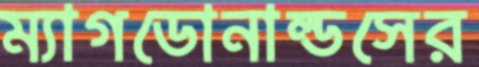
ম্যাগডোনাল্ডসের